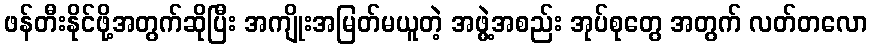
ဖန်တီးနိုင်ဖို့အတွက်ဆိုပြီး အကျိုးအမြတ်မယူတဲ့ အဖွဲ့အစည်း အုပ်စုတွေ အတွက် လတ်တလော